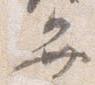
弁